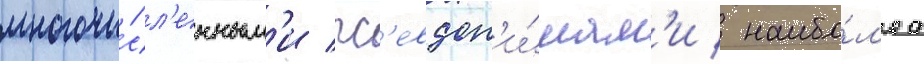
многочи́сл'енным'и пс'евдон'и́мам'и / наибо́л'ее